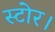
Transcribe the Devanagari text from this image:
स्टोर।